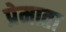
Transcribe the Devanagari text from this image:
प्रेमाता